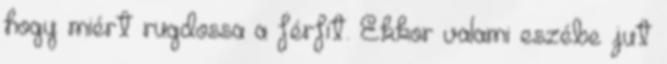
hogy miért rugdossa a férfit. Ekkor valami eszébe jut